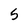
Character: 5